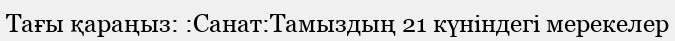
Тағы қараңыз: :Санат:Тамыздың 21 күніндегі мерекелер